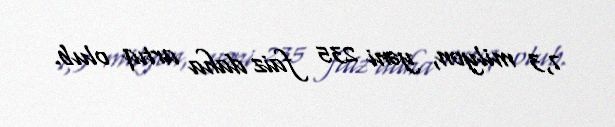
7,3 milyon, yəni 235 faiz daha artıq olub.